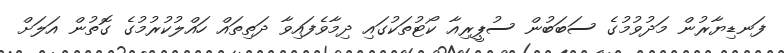
ފަނޑިޔާރުން މަދުވުމުގެ ސަބަބުން ސުޕީރިއާ ކޯޓުތަކުގައި ދިމާވެފައިވާ ދަތިތައް ހައްލުކުރުމުގެ ގޮތުން އަލަށް